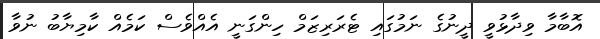
އޮބާމާ ވިދާޅުވީ ދީނުގެ ނަމުގައި ޓެރަރިޒަމް ހިންގަނީ އެއްވެސް ކަމެއް ކާމިޔާބު ނުވާ